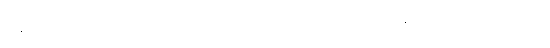
နေပြီ။ (ကာလဝိပ္ပလ်တည်း) တဿ ဝိဟာရဿ၊ ထိုနိပ္ပဒေသဝိဟာရ၏။